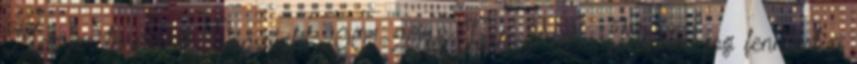
Magyar tengernél. Copyright 2001-2018 Törté-Net - Minden jog fenntartva